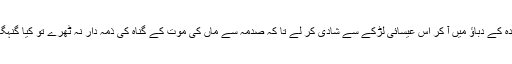
اور كيا اگر وہ والدہ كے دباؤ ميں آ كر اس عيسائى لڑكے سے شادى كر لے تا كہ صدمہ سے ماں كى موت كے گناہ كى ذمہ دار نہ ٹھرے تو كيا گنہگار ہوگى يا نہيں ؟